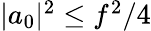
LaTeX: \begin{array}{r}{|a_{0}|^{2}\leq f^{2}/4}\end{array}